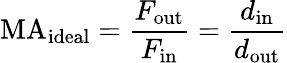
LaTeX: \mathrm{MA}_{\mathrm{ideal}}={\frac{F_{\mathrm{out}}}{F_{\mathrm{in}}}}={\frac{d_{\mathrm{in}}}{d_{\mathrm{out}}}}